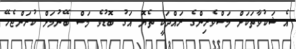
އެ ޝަކުވާތަކަށް މަސްވެރިންގެ ރައްދަކީ ތެޔޮ އަގު ބޮޑުވެ މަސް ބޭނުމަށް ކުރަންޖެހޭ